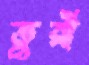
তুরী